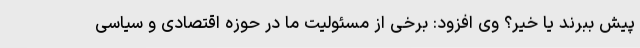
پیش ببرند یا خیر؟ وی افزود: برخی از مسئولیت ما در حوزه اقتصادی و سیاسی